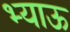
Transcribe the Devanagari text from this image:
भ्याऊ